Regulations for the medical services of the Army of India
Year: 1930
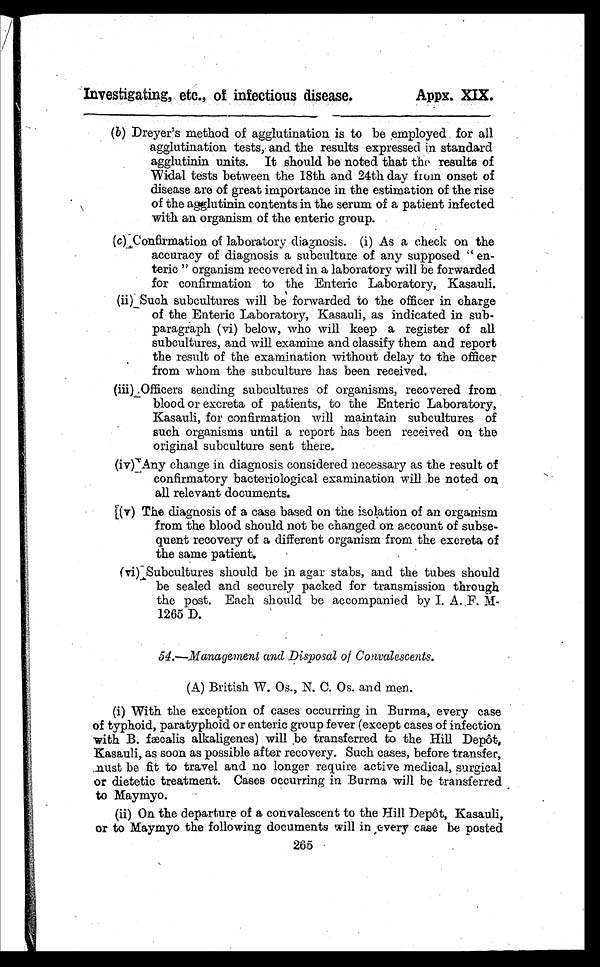
Investigating, etc.,of infectious disease.
Appx. XIX.
(b) Dreyer's method of agglutination is to be employed for all
agglutination tests, and the results expressed in standard
agglutinin units. It should be noted that the results of
Widal tests between the 18th and 24th day from onset of
disease are of great importance in the estimation of the rise
of the agglutinin contents in the serum of a patient infected
with an organism of the enteric group.
(c) Confirmation of laboratory diagnosis. (i) As a check on the
accuracy of diagnosis a subculture of any supposed "en-
teric" organism recovered in a laboratory will be forwarded
for confirmation to the Enteric Laboratory, Kasauli.
(ii) Such subcultures will be forwarded to the officer in charge
of the Enteric Laboratory, Kasauli, as indicated in sub--
paragraph (vi) below, who will keep a register of all
subcultures, and will examine and classify them and report
the result of the examination without delay to the officer
from whom the subculture has been received.
(iii) Officers sending subcultures of organisms, recovered from
blood or excreta of patients, to the Enteric Laboratory,
Kasauli, for confirmation will maintain subcultures of
such organisms until a report has been received on the
original subculture sent there.
(iv) Any change in diagnosis considered necessary as the result of
confirmatory bacteriological examination will be noted on
all relevant documents.
(v) The diagnosis of a case based on the isolation of an organism
from the blood should not be changed on account of subse-
quent recovery of a different organism from the excreta of
the same patient.
(vi) Subcultures should be in agar stabs, and the tubes should
be sealed and securely packed for transmission through
the post. Each should be accompanied by I. A. F. M-
1265 D.
54.—Management and Disposal of Convalescents.
(A) British W. Os., N. C. Os. and men.
(i)With the exception of cases occurring in Burma, every case
of typhoid, paratyphoid or enteric group fever (except cases of infection
with B. fæcalis alkaligenes) will be transferred to the Hill Depôt,
Kasauli, as soon as possible after recovery. Such cases, before transfer,
must be fit to travel and no longer require active medical, surgical
or dietetic treatment. Cases occurring in Burma will be transferred
to Maymyo.
(ii)On the departure of a convalescent to the Hill Depôt, Kasauli,
or to Maymyo the following documents will in every case be posted
265